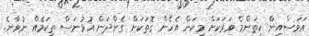
އަވަސްއިން ކިތަންމެ ވަރަކަށް މިކަން އެހެން ގޮތަކަށް ގެންދަން އުޅުނަސް ތިކަމެއް ނުވާނެ.